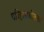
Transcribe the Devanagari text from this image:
परिहासशीलता